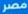
مصر